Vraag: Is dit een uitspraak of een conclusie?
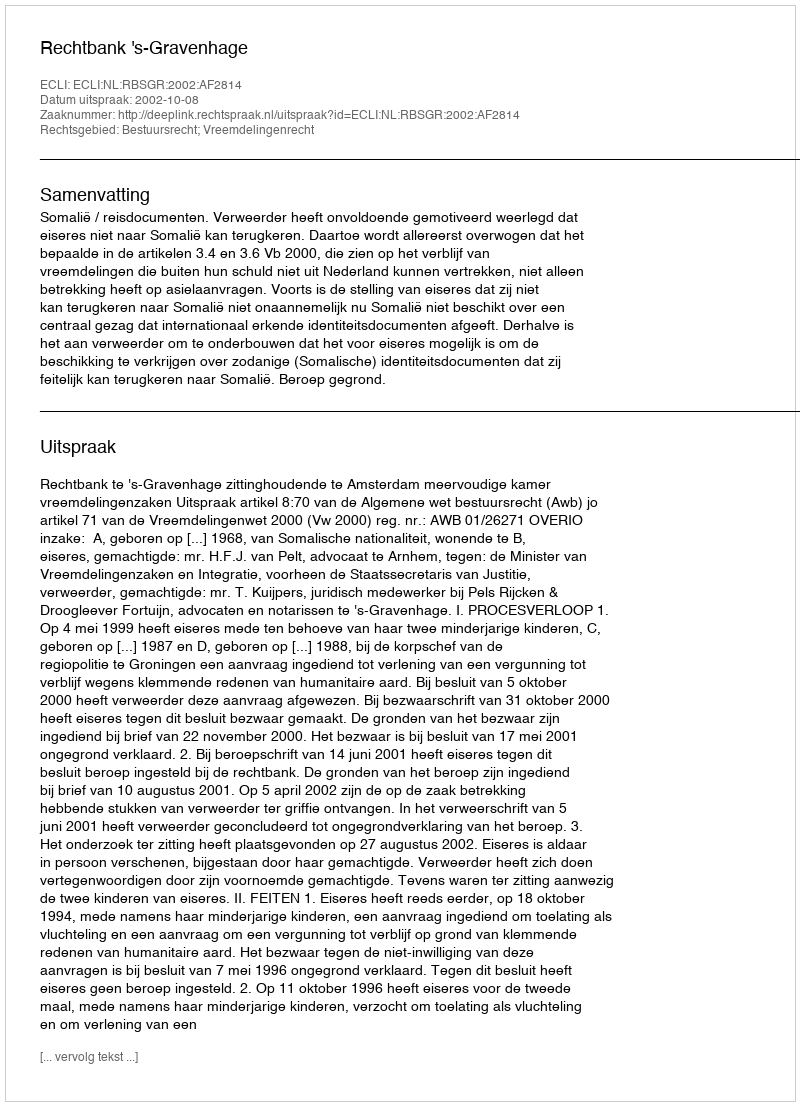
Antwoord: Uitspraak